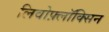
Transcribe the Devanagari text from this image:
लिवोफ़्लॉक्सिन